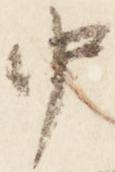
中